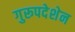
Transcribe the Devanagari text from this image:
गुरूपदेशेन